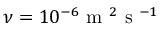
\nu = 1 0 ^ { - 6 } \textnormal { m } ^ { 2 } \textnormal { s } ^ { - 1 }